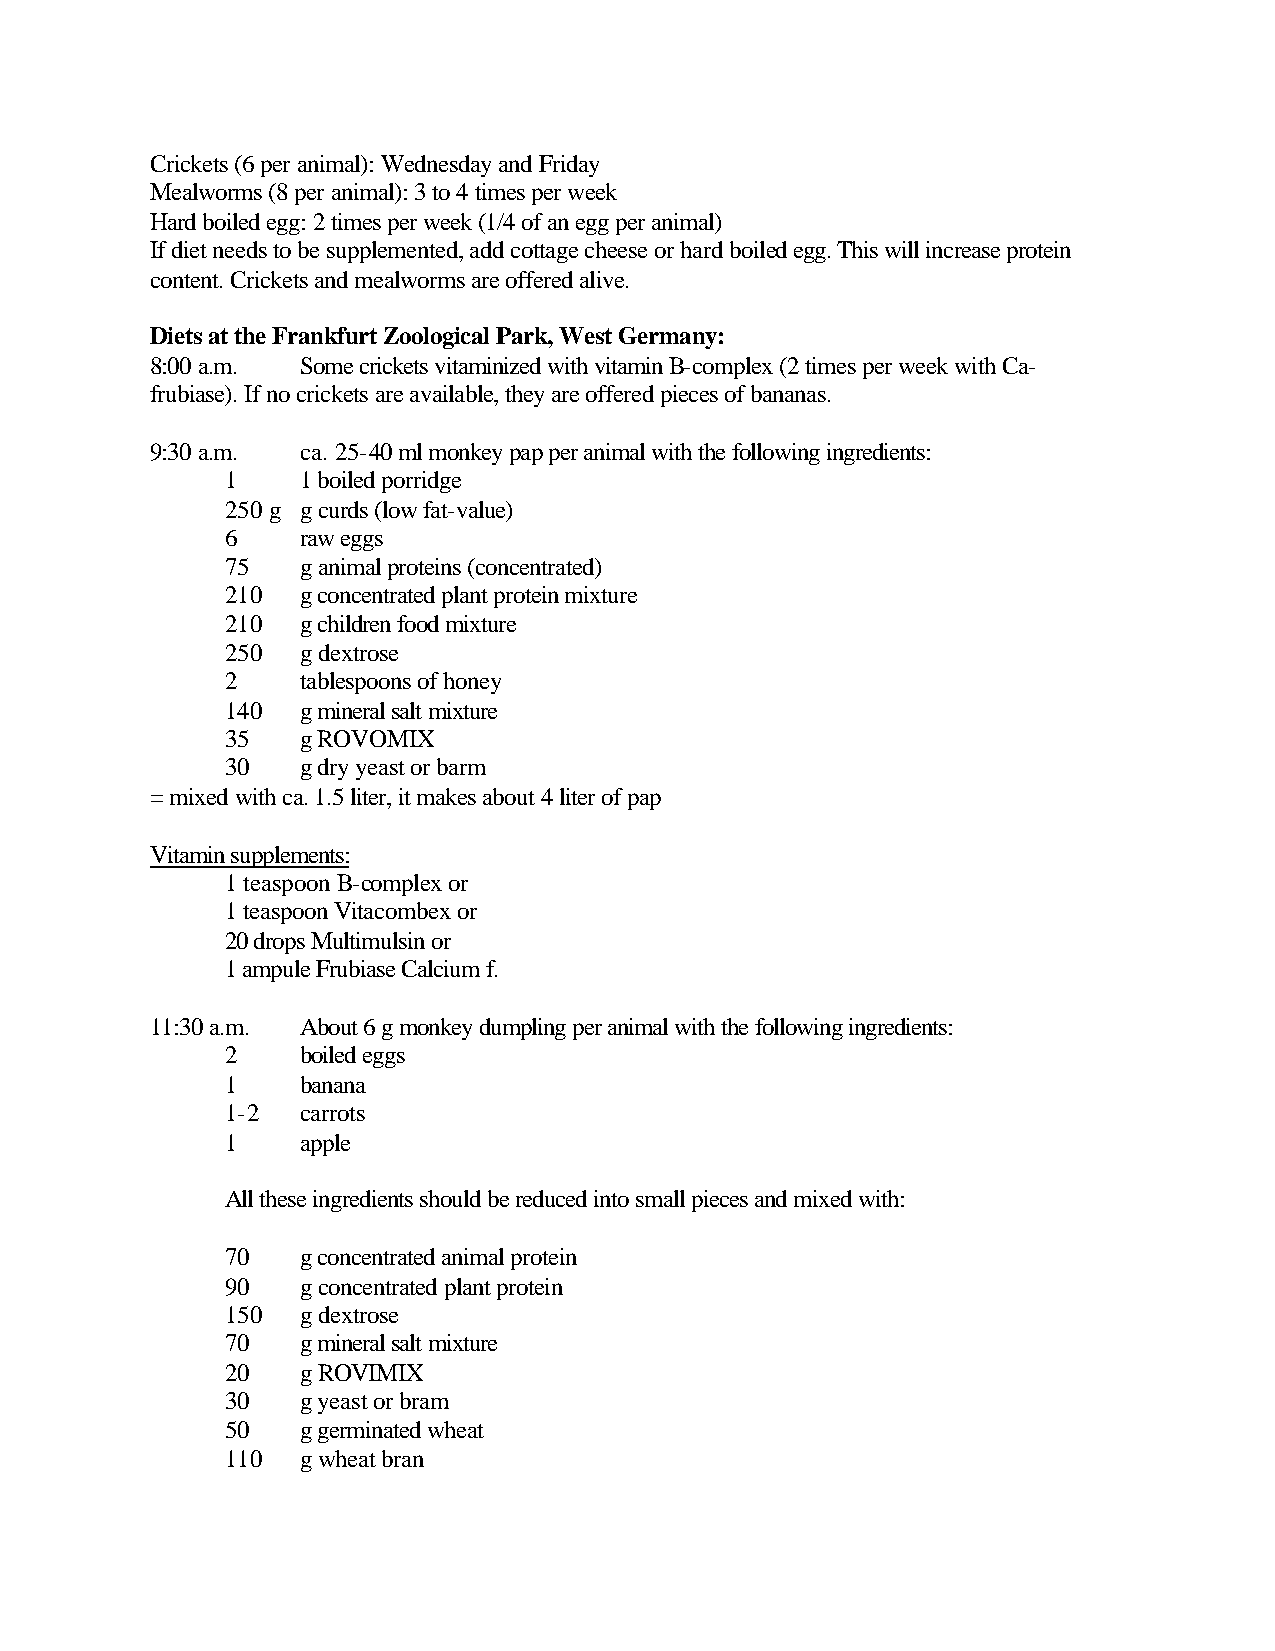
Crickets (6 per animal): Wednesday and Friday
 Mealworms (8 per animal): 3 to 4 times per week
 Hard boiled egg: 2 times per week (1/4 of an egg per animal)
 If diet needs to be supplemented, add cottage cheese or hard boiled egg. This will increase protein
 content. Crickets and mealworms are offered alive.
 Diets at the Frankfurt Zoological Park, West Germany:
 8:00 a.m. Some crickets vitaminized with vitamin B-complex (2 times per week with Ca-
 frubiase). If no crickets are available, they are offered pieces of bananas.
 9:30 a.m. ca. 25-40 ml monkey pap per animal with the following ingredients:
 1    1 boiled porridge
 250 g g curds (low fat-value)
 6    raw eggs
 75   g animal proteins (concentrated)
 210  g concentrated plant protein mixture
 210  g children food mixture
 250  g dextrose
 2    tablespoons of honey
 140  g mineral salt mixture
 35   g ROVOMIX
 30   g dry yeast or barm
 = mixed with ca. 1.5 liter, it makes about 4 liter of pap
 Vitamin supplements:
 1 teaspoon B-complex or
 1 teaspoon Vitacombex or
 20 drops Multimulsin or
 1 ampule Frubiase Calcium f.
 11:30 a.m. About 6 g monkey dumpling per animal with the following ingredients:
 2    boiled eggs
 1    banana
 1-2  carrots
 1    apple
 All these ingredients should be reduced into small pieces and mixed with:
 70   g concentrated animal protein
 90   g concentrated plant protein
 150  g dextrose
 70   g mineral salt mixture
 20   g ROVIMIX
 30   g yeast or bram
 50   g germinated wheat
 110  g wheat bran